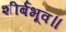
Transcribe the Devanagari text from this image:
शीर्बभूव॥